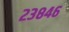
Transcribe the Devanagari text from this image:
२३८४६